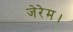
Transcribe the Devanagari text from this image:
जेरेम।